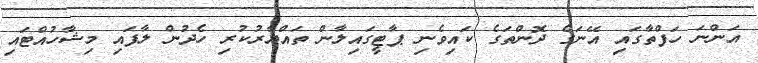
އަންނަ ހަފްތާގައި އޭނަގެ ދޮންތަގެ ކައިވެނި ޕާޓީގައިލާން ތައްޔާރުކުރި ހެދުން ލާފައި މިޝާހުއްޓައި